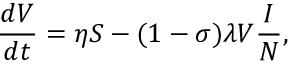
\frac { d V } { d t } = \eta S - ( 1 - \sigma ) \lambda V \frac { I } { N } ,